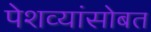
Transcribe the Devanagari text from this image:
पेशव्यांसोबत